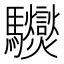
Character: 𩧟